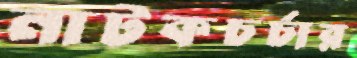
নাটকচর্চার